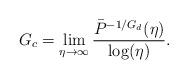
LaTeX: \begin{align*}G_c=\lim\limits_{\eta \to \infty}\frac{\bar{P}^{-1/G_d}(\eta)}{\log(\eta)}.\end{align*}